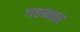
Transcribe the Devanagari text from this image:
गहनतर